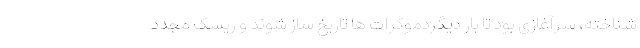
شناخته، سرآغازی بود تا بار دیگردموکرات ها تاریخ ساز شوند و ریسک مجدد